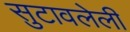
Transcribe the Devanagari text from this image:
सुटावलेली